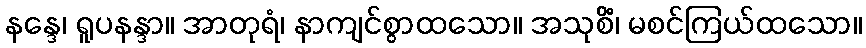
နန္ဒေ၊ ရူပနန္ဒာ။ အာတုရံ၊ နာကျင်စွာထသော။ အသုစိံ၊ မစင်ကြယ်ထသော။